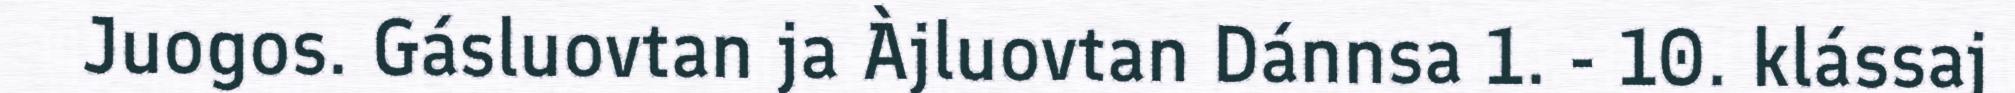
Juogos. Gásluovtan ja Àjluovtan Dánnsa 1. - 10. klássaj